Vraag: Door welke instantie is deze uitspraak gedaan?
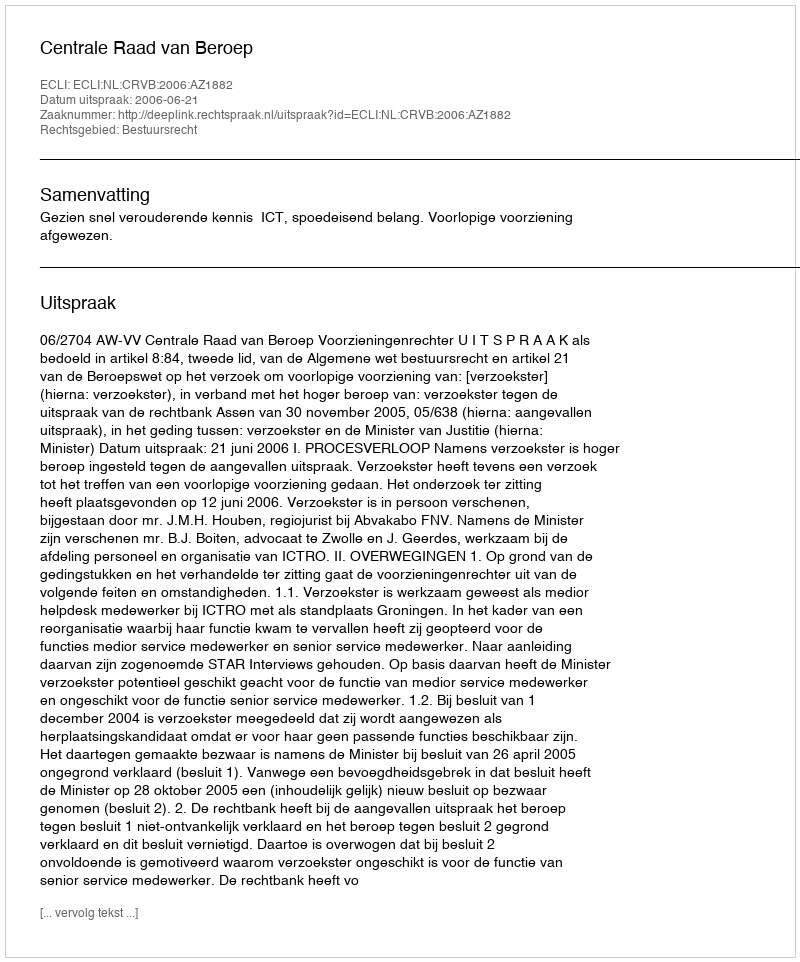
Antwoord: Centrale Raad van Beroep